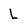
Character: L